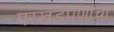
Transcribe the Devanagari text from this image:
परखडपणाचा